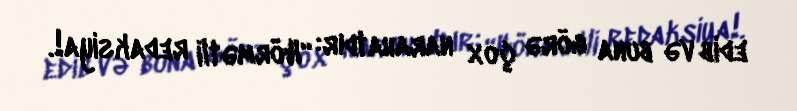
edib və buna görə çox narahatdır: “Hörmətli redaksiya!.